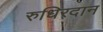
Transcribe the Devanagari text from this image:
रुधिरदान